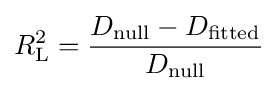
R_{\text{L}}^{2}={\frac {D_{\text{null}}-D_{\text{fitted}}}{D_{\text{null}}}}